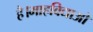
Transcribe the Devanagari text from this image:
है।माहविद्याओ